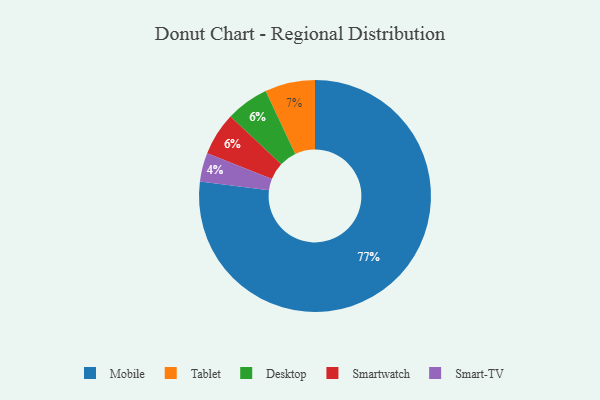
{"axis": {"x": "Category", "y": "Percentage"}, "legend": ["Desktop", "Mobile", "Smart-TV", "Smartwatch", "Tablet"], "data": [{"x": "Smart-TV", "y": 4, "type": "Smart-TV"}, {"x": "Tablet", "y": 7, "type": "Tablet"}, {"x": "Desktop", "y": 6, "type": "Desktop"}, {"x": "Mobile", "y": 77, "type": "Mobile"}, {"x": "Smartwatch", "y": 6, "type": "Smartwatch"}]}